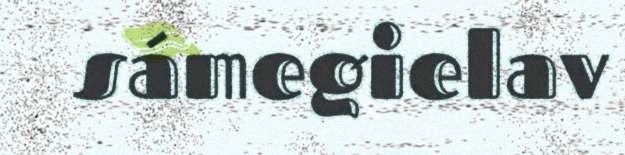
sámegielav